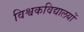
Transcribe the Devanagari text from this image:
विश्वकविद्यालयों